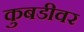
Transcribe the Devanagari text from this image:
कुबडीवर